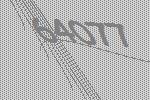
64077